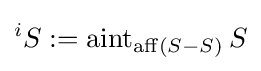
{}^{i}S:=\operatorname {aint} _{\operatorname {aff} (S-S)}S